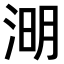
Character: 𣷠